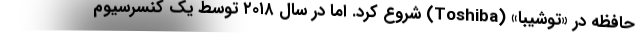
حافظه در «توشیبا» (Toshiba) شروع کرد. اما در سال ۲۰۱۸ توسط یک کنسرسیوم